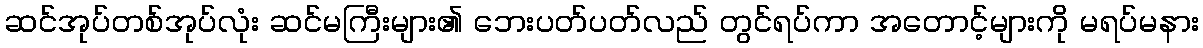
ဆင်အုပ်တစ်အုပ်လုံး ဆင်မကြီးများ၏ ဘေးပတ်ပတ်လည် တွင်ရပ်ကာ အတောင့်များကို မရပ်မနား